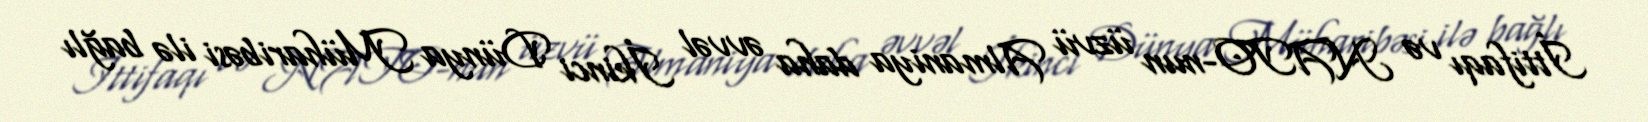
İttifaqı və NATO-nun üzvü Almaniya daha əvvəl İkinci Dünya Müharibəsi ilə bağlı